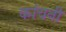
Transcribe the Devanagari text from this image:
कांचनी